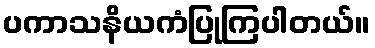
ပကာသနိယကံပြုကြပါတယ်။